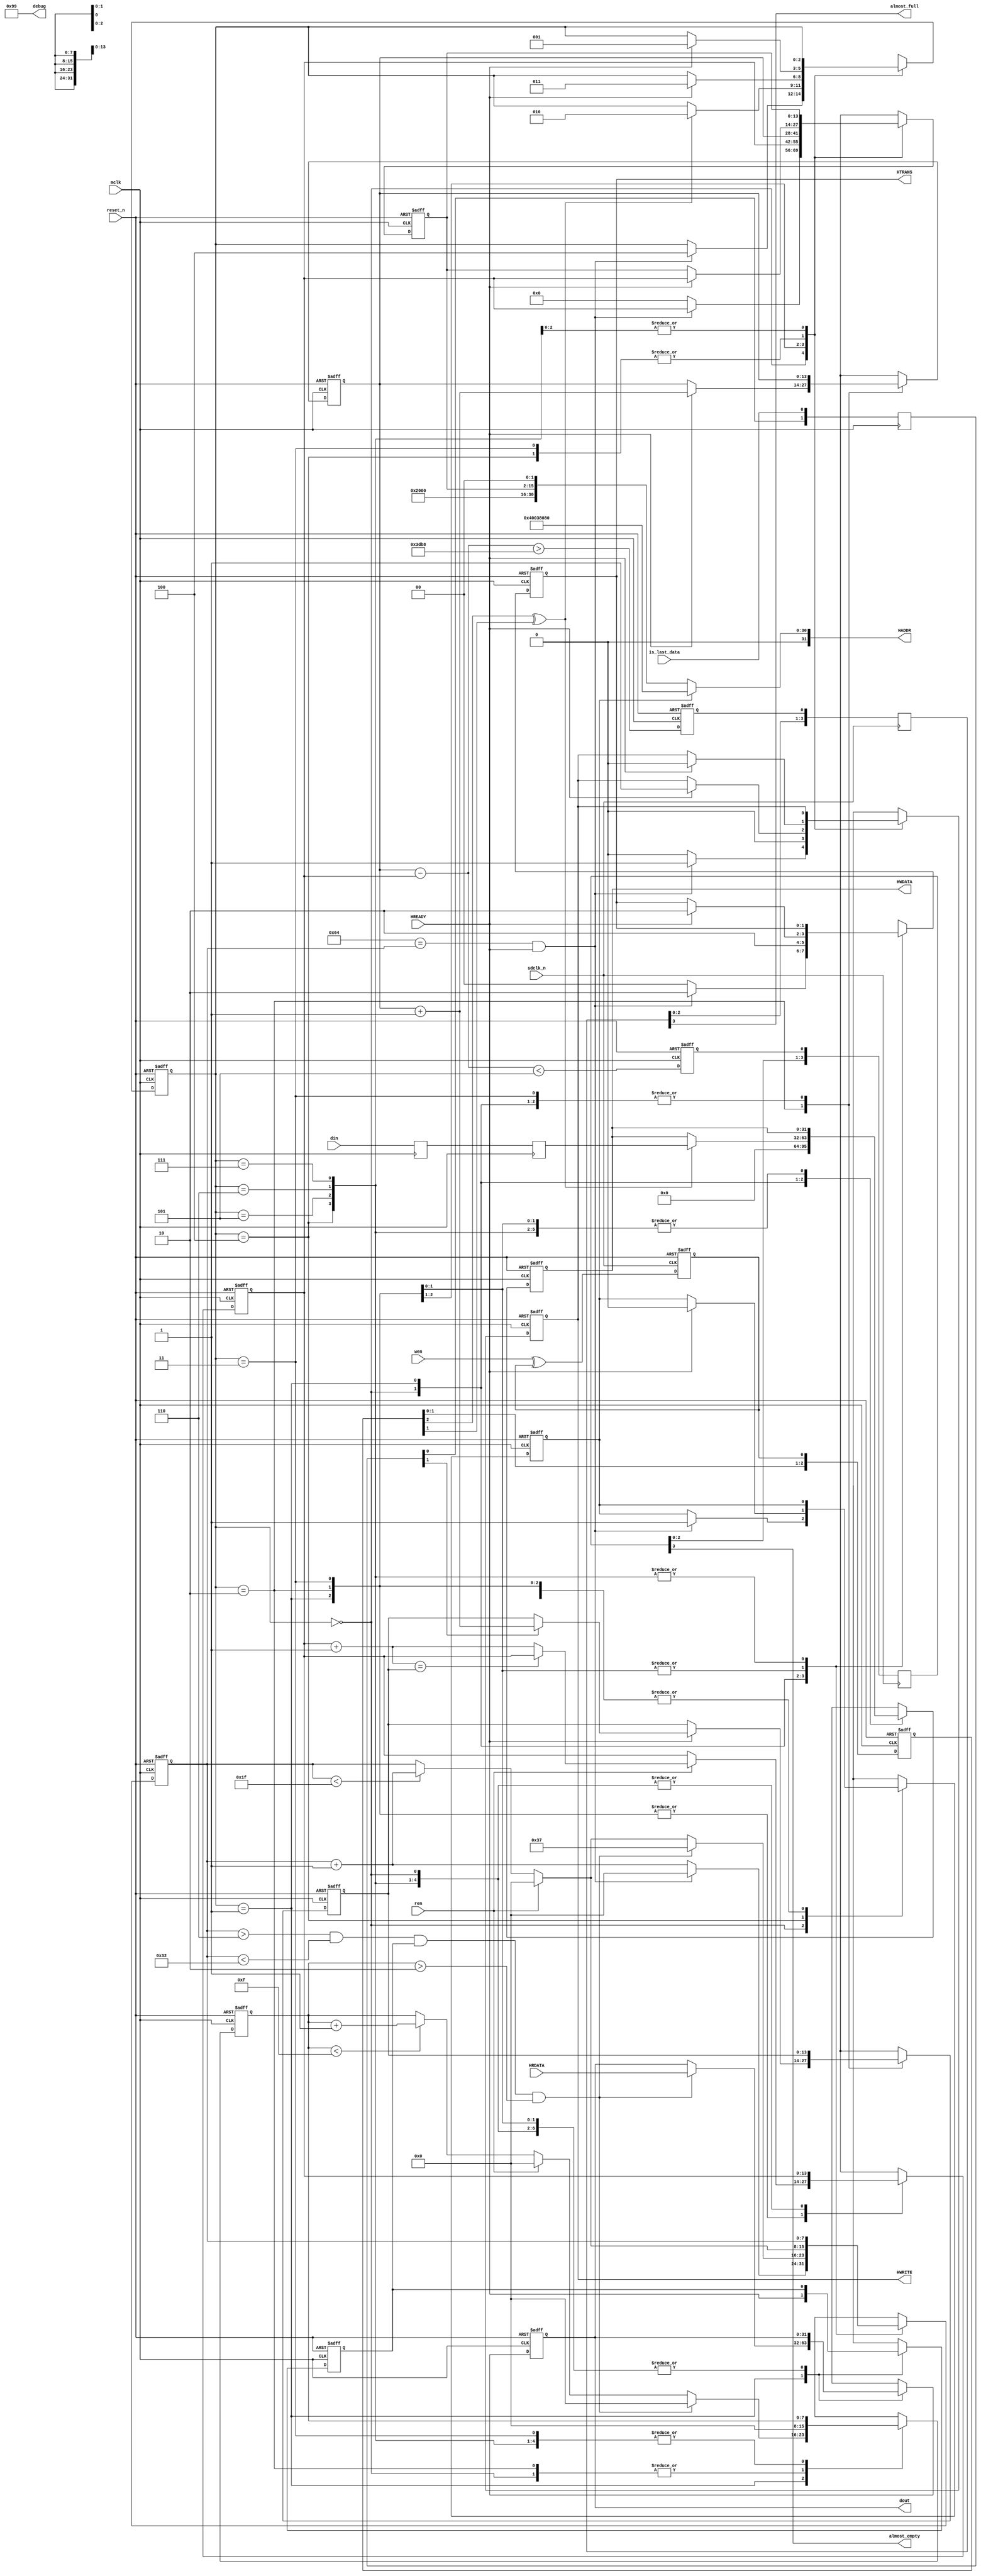


//
// big fifo using igloo2's esram
//
module bigfifo(
input mclk /* synthesis syn_keep = 1 */,    // sync to i2s
input reset_n,

//sdio interface
input sdclk_n /* synthesis syn_keep = 1 */,
input wen,
input [31:0] din,
input is_last_data,

//i2s interface
input ren,
output [31:0] dout,

output [7:0] debug,

//AHB master interface
input  HREADY,
input  [31:0] HRDATA,
output [31:0] HADDR,
output reg [31:0] HWDATA,
output reg [1:0] HTRANS,
output reg HWRITE,

//FIFO status
output almost_empty,
output almost_full
);


parameter IDLE = 3'd0;
parameter READ_AHB = 3'd1;
parameter WRITE_AHB = 3'd2;
parameter WRITE_10 = 3'd3;
parameter CONFIG = 3'd4;
parameter L5 = 3'd5;
parameter L6 = 3'd6;
parameter L7 = 3'd7;


// Igloo2's eSRAM has 64KB, the address is from 0x20000000 to 0x2000FFFF
// since we always do 32bit transfer, we only need 14bit address space
// for WRITING eSRAM, 50MHz every 8 cycles we have a write command
// read clock min is 45MHz, has a read every 32cycles min, so better finish read+write <5 cycles 
// so the speed is fast enough 

parameter ADDWID = 14;
reg  [ADDWID - 1:0] addr, n_addr;
reg  [ADDWID - 1:0] write_addr, n_write_addr;
reg  [ADDWID - 1:0] write_block_addr, n_write_block_addr;
reg  [ADDWID - 1:0] read_addr, n_read_addr;
wire [ADDWID - 1:0] next_write_addr, next_read_addr;
wire [ADDWID - 1:0] read_addr_inc;
wire [ADDWID - 1:0] fifo_level;
assign fifo_level = write_addr - read_addr;

parameter ALMOST_FULL_LEVEL = 14'd15800;
parameter ALMOST_EMPTY_LEVEL = 14'd5;

//parameter ALMOST_FULL_LEVEL = 14'd7000;
//parameter ALMOST_FULL_LEVEL = 14'd14000;
//parameter ALMOST_EMPTY_LEVEL = 14'd5;

reg full, empty;
always @(posedge mclk or negedge reset_n) 
    if (1'b0 == reset_n) begin
        full <= 0;
        empty <= 0;
        end
    else begin
        full <= (fifo_level > ALMOST_FULL_LEVEL);
        empty <= (fifo_level < ALMOST_EMPTY_LEVEL);
        end

reg [3:0] a_full, a_empty;
always @(posedge sdclk_n) a_full <= {a_full[2:0], full};
always @(posedge sdclk_n) a_empty <= {a_empty[2:0], empty};
assign almost_full = a_full[3];
assign almost_empty = a_empty[3];

reg pipeline_cmd, n_pipeline_cmd;

assign HADDR = pipeline_cmd ? 32'h40038080 : {16'h2000, addr, 2'b00};
//assign HADDR = pipeline_cmd ? 32'h40038080 : {16'h2000, 1'b0, addr, 2'b00};
//assign HADDR = {16'h2000, 1'b1, addr, 2'b00};
//assign HADDR = 32'h20001000;

assign next_write_addr = write_addr + 14'd1;
assign read_addr_inc = read_addr + 14'd1;
assign next_read_addr = (read_addr_inc == write_block_addr) ? read_addr : read_addr_inc;

reg wen_toggle;
always @(posedge sdclk_n or negedge reset_n) 
    if (1'b0 == reset_n) begin
          wen_toggle <= 0;
          end
    else  begin 
          wen_toggle <= (wen ^ wen_toggle);
          end

reg [31:0] c0, c1, c2, c3;
always @(posedge mclk) c0 <= din;
always @(posedge mclk) c1 <= c0;
always @(posedge mclk) c2 <= c1;
always @(posedge mclk) c3 <= c2;

parameter isl_width = 2;
reg [isl_width - 1 : 0] isl;
always @(posedge mclk) isl = {isl[isl_width-2: 0], is_last_data};

parameter sync_width = 3;
reg [sync_width-1:0] sync_wen; //for clock domain crossing
always @(posedge mclk or negedge reset_n)
    if (1'b0 == reset_n) sync_wen <= 0; else sync_wen <= {sync_wen [sync_width-2:0], wen_toggle};

wire en = (sync_wen[sync_width-1] ^ sync_wen[sync_width-2]);

reg [31:0] d0 ;
reg [31:0] n_d0;
assign dout = d0;


reg [2:0] state, n_state;

//AHBLite IF
reg n_HWRITE;
reg [1:0] n_HTRANS; 
reg [31:0] n_HWDATA;

//reg [7:0] db, n_db;
assign debug = 8'h99;

reg [7:0] i, n_i;
reg [7:0] j, n_j;
reg ready, n_ready;

always @(posedge mclk or negedge reset_n)
    if (1'b0 == reset_n) begin
        state <= 0;
        addr <= 0;
        write_addr <= 0;
        write_block_addr <= 0;
        read_addr <= 0;
        d0 <= 0;
        HWRITE <= 0; HTRANS <= 0; HWDATA <= 0;
        i <= 0;
        j <= 0; 
//        db <= 0;
        ready <= 0;
        pipeline_cmd <= 0;
        end
    else begin
        state <= n_state;
        addr <= n_addr;
        write_addr <= n_write_addr;
        write_block_addr <= n_write_block_addr;
        read_addr <= n_read_addr;
        d0 <= n_d0;
        HWRITE <= n_HWRITE; HTRANS <= n_HTRANS; HWDATA <= n_HWDATA;
        i <= n_i;
        j <= n_j; 
//        db <= n_db;
        ready <= n_ready;
        pipeline_cmd <= n_pipeline_cmd;
        end


always @* begin
    n_state = state;
    n_addr = addr;
    n_write_addr = write_addr;
    n_write_block_addr = write_block_addr;
    n_read_addr = read_addr;
    n_d0 = d0;
    n_HWRITE = HWRITE;
    n_HTRANS = HTRANS;
    n_HWDATA = HWDATA;
    n_i = i;
    n_j = j; 
//    n_db = db;
    n_ready = ready;
    n_pipeline_cmd = pipeline_cmd;

    case(state)

IDLE: begin
    n_HWRITE = 1'b0;
    n_HTRANS = 2'b00;  //IDLE
    n_i = i + 8'd1;
    n_j = 2'd0;
    n_HWDATA = 32'd0;
    n_addr = 0;
    if (8'd100 == i && HREADY) begin
        n_addr = read_addr;
        n_HWRITE = 1'b0;  //read
        n_HTRANS = 2'b10; //start reading
        n_state = READ_AHB;
        n_i = 8'd0;
//        n_db = 8'h99;
       
        n_HWDATA = 0;  //disable pipeline
        n_pipeline_cmd = 1'b1;
        n_HWRITE = 1'b1;
        n_state = CONFIG;
        end

    end

READ_AHB: begin
    if (ren) n_read_addr = (read_addr_inc == write_block_addr) ? read_addr : (read_addr_inc);
    if (ren) n_i = 8'd0;  else if (i< 8'd31) n_i = i + 8'd1;

    n_HWRITE = 1'b0;  //READ
    n_HTRANS = 2'b10; //NONSEQ
    n_addr = read_addr; 

    if (j < 8'd15) n_j = j+ 8'd1;
    if (ren) n_j = 0;

    n_ready = HREADY;

    if (i>8'd6 && i < 8'd50 && ready && j > 8'd2) begin
        n_d0 = HRDATA;
        n_i = 8'd55;
        n_j = 0;
        end
   
    if (en) n_state =  WRITE_AHB;
    if (en) n_HWDATA = c1;
    end

WRITE_AHB:  begin 

    if (ren) n_read_addr = (read_addr_inc == write_block_addr) ? read_addr : (read_addr_inc);
    if (ren) n_i = 8'd0; else if (i< 8'd31) n_i = i + 8'd1;
    n_j = 8'd0;
   
    n_addr = write_addr; 
    if (HREADY) begin
        n_addr = write_addr; 
        n_write_addr = next_write_addr;
        if (isl[isl_width-1]) n_write_block_addr = next_write_addr;
        n_HWRITE = 1'b1;           //addr phase
        n_HTRANS = 2'b10;  
        //n_HWDATA = c1;
        n_state =  WRITE_10;   
        end

    end

WRITE_10:  begin 
    if (ren) n_read_addr = (read_addr_inc == write_block_addr) ? read_addr : (read_addr_inc);
    if (ren) n_i = 8'd0; else if (i< 8'd31) n_i = i + 8'd1;

    if (HREADY) begin   //data phase
        n_HWDATA = HWDATA;
        n_HWRITE = 1'b0;   //read
        n_HTRANS = 2'b10;  
        n_addr = read_addr; 
        n_state = READ_AHB;
        end
    end

CONFIG: begin
   if (HREADY) begin
       n_state = READ_AHB;
       n_HWRITE = 1'b0;
       n_addr = read_addr;
       n_pipeline_cmd = 0;
       end
   end

L5: begin end
L6: begin end
L7: begin end

    endcase
    end
endmodule